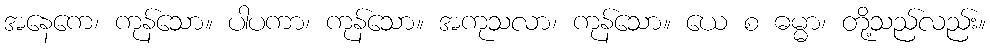
အနေကေ၊ ကုန်သော။ ပါပကာ၊ ကုန်သော။ အကုသလာ၊ ကုန်သော။ ယေ စ ဓမ္မာ၊ တို့သည်လည်း။